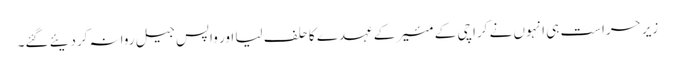
زیر حراست ہی انہوں نے کراچی کے مئیر کے عہدے کا حلف لیا اور واپس جیل روانہ کردیئے گئے۔